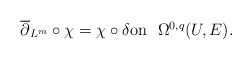
\begin{align*}\overline\partial_{L^m}\circ\chi=\chi\circ \delta\mbox{on\,\, $\Omega^{0,q}(U,E)$}.\end{align*}